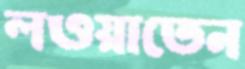
লওয়াতেন